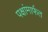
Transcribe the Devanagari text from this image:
पक्षांमार्फत